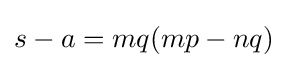
s-a=mq(mp-nq)